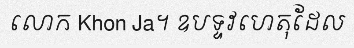
លោក Khon Ja។ ឧបទ្ទវហេតុដែល